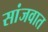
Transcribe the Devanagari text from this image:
सांजवात